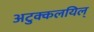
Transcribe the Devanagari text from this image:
अटुक्कलयिल्